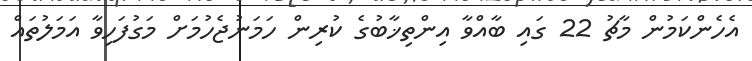
އެހެންކަމުން މާޗު 22 ގައި ބާއްވާ އިންތިޚާބުގެ ކުރިން ހަމަނުޖެހުމަށް މަގުފަހިވާ އަމަލުތައް